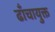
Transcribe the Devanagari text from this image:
ढाँचायुक्त